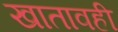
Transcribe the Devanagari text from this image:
खातावही